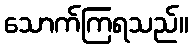
သောက်ကြရသည်။